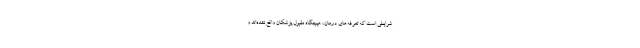
شرایطی است که تعرفه‌های درمان، هیچگاه مقبول پزشکان واقع نشده‌اند و